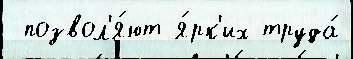
 позвол'я́ют я́рк'их труда́